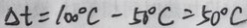
\Delta t = 1 0 0 ^ { \circ } C - 5 0 ^ { \circ } C = 5 0 ^ { \circ } C